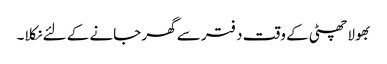
بھولا چھٹی کے وقت دفتر سے گھر جانے کے لئے نکلا۔